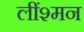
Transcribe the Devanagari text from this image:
लींश्मन